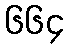
၆၆၄